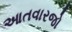
આતવારજો